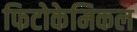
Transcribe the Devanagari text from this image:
फिटोकेमिकल